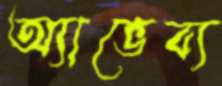
অ্যাভেব্য